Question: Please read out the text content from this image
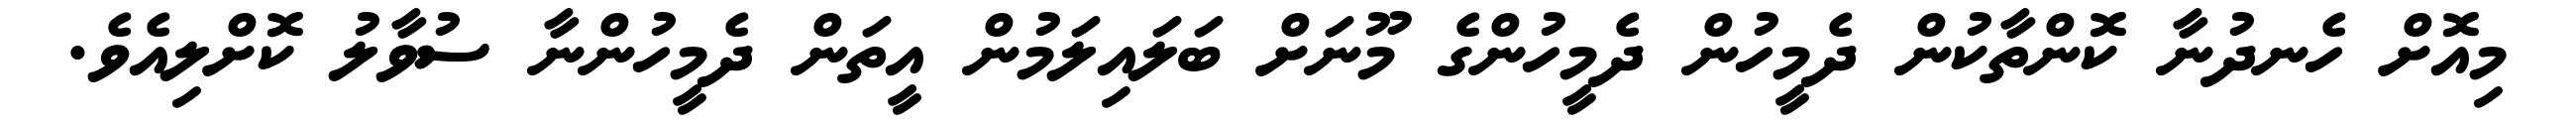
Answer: މިއޮށް ހެނދުނާ ކޮންތާކުން ދެމީހުން ދެމީހުންގެ މޫނަށް ބަލައިލަމުން އީތަން ދެމީހުންނާ ސުވާލު ކޮށްލިއެވެ.